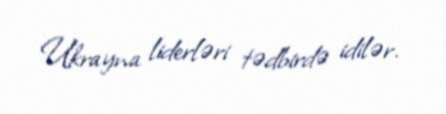
Ukrayna liderləri tədbirdə idilər.